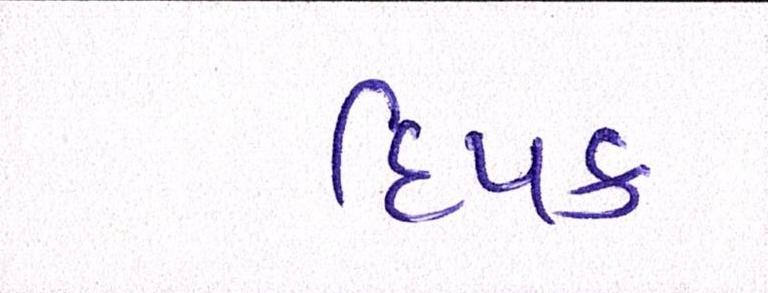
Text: દિપક